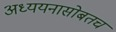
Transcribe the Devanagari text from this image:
अध्ययनासोबतच